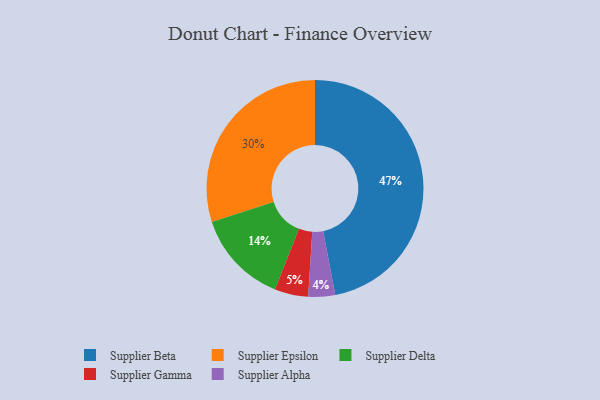
{"axis": {"x": "Category", "y": "Percentage"}, "legend": ["Supplier Alpha", "Supplier Beta", "Supplier Delta", "Supplier Epsilon", "Supplier Gamma"], "data": [{"x": "Supplier Alpha", "y": 4, "type": "Supplier Alpha"}, {"x": "Supplier Epsilon", "y": 30, "type": "Supplier Epsilon"}, {"x": "Supplier Beta", "y": 47, "type": "Supplier Beta"}, {"x": "Supplier Gamma", "y": 5, "type": "Supplier Gamma"}, {"x": "Supplier Delta", "y": 14, "type": "Supplier Delta"}]}